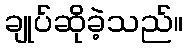
ချုပ်ဆိုခဲ့သည်။